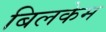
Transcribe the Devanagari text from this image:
बिलकेम